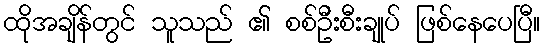
ထိုအချိန်တွင် သူသည် ၏ စစ်ဦးစီးချုပ် ဖြစ်နေပေပြီ။